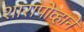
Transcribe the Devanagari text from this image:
शारापोव्हाने